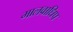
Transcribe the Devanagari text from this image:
मालवाधिप